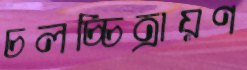
চলচ্চিত্রায়ণ